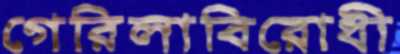
গেরিলাবিরোধী